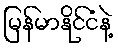
မြန်မာနိုင်ငံနဲ့